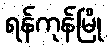
ရန်ကုန်မြို